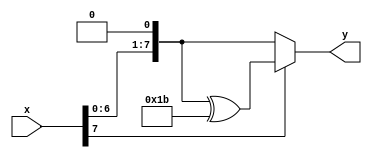
module xtime (
	output [7:0] y,
	input [7:0] x
	);
	
	wire [7:0] w;
	assign w = x << 1;
	//MUX MUX_1(.A(w), .B(w ^ 8'h1B), .S(x[7]), .O(y));
	/*MUX
		#(
			.N(8)
		)
		MUX_1
		(
			.A(w),
			.B(w ^ 8'h1B),
			.S(x[7]),
			.O(y)
		);*/
	assign y = x[7]? w ^ 8'h1B : w;
	

endmodule


module MixColumns(
x,
z);

	input [127:0] x;
	output [127:0] z;


 /* function [7:0] xtime;
    input [7:0] a;
    begin
      xtime = (a & 8'h80) ? ((a << 1) ^ 8'h1B) : (a << 1);
    end
  endfunction */
 
  generate 
  genvar i;
  for (i = 0; i < 4; i = i + 1) begin: gen_loop_enc
  
		wire[7:0] a0, a1, a2, a3, temp;
		wire[7:0] b0, b1, b2, b3;
		wire[7:0] c0, c1, c2, c3;

		assign a0 = x[8*(4*i+1)-1:8*(4*i+0)];
		assign a1 = x[8*(4*i+2)-1:8*(4*i+1)];
		assign a2 = x[8*(4*i+3)-1:8*(4*i+2)];
		assign a3 = x[8*(4*i+4)-1:8*(4*i+3)];
		assign temp = a0 ^ a1 ^ a2 ^ a3;
		
		xtime xtime_0(c0, a0 ^ a1);	
		xtime xtime_1(c1, a1 ^ a2);	
		xtime xtime_2(c2, a2 ^ a3);	
		xtime xtime_3(c3, a3 ^ a0);
		
		assign b0 = a0 ^ temp ^ c0;
		assign b1 = a1 ^ temp ^ c1;
		assign b2 = a2 ^ temp ^ c2;
		assign b3 = a3 ^ temp ^ c3;

		assign z[8*(4*i+1)-1:8*(4*i+0)] = b0;
		assign z[8*(4*i+2)-1:8*(4*i+1)] = b1;
		assign z[8*(4*i+3)-1:8*(4*i+2)] = b2;
		assign z[8*(4*i+4)-1:8*(4*i+3)] = b3;

  end
  endgenerate


endmodule